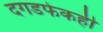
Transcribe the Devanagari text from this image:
दगडफेकही